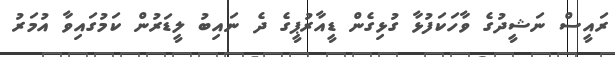
ރައީސް ނަޝީދުގެ ވާހަކަފުޅާ ގުޅިގެން ޑީއާރުޕީގެ ދެ ނައިބު ލީޑަރުން ކަމުގައިވާ އުމަރު